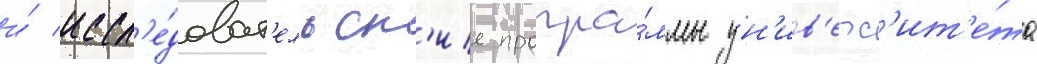
и́ иссл'е́доват'ельск'ие програ́ммы ун'ив'ерс'ит'е́та